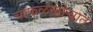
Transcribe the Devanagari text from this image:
चाफळखोऱ्यात